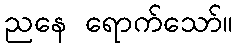
ညနေ ရောက်သော်။